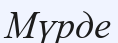
Мүрде